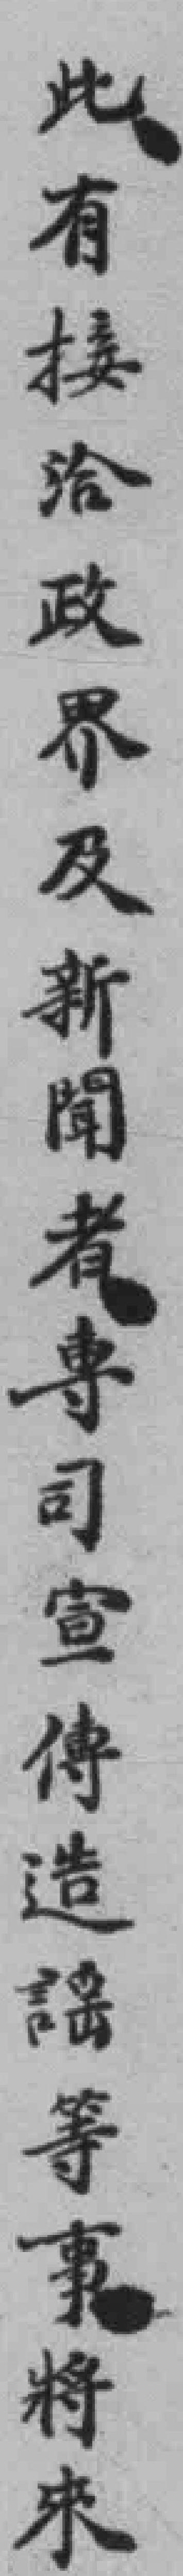
此有接洽政界及新聞者専司宣傳造謠等事將來